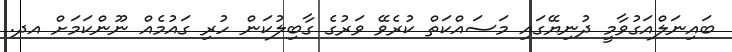
ބައިނަލްއަގުވާމީ ދުނިޔޭގައި މަސައްކަތް ކުރެވޭ ވަރުގެ ގާބިލުކަން ހުރި ގައުމެއް ނޫންކަމަށް އދ.